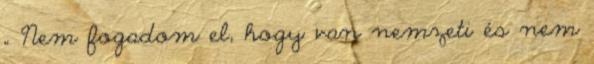
„ Nem fogadom el, hogy van nemzeti és nem